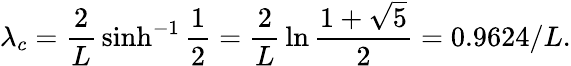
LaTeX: \lambda_{c}={\frac{2}{L}}\sinh^{-1}{\frac{1}{2}}={\frac{2}{L}}\ln{\frac{1+\sqrt{5}}{2}}=0.9624/L.